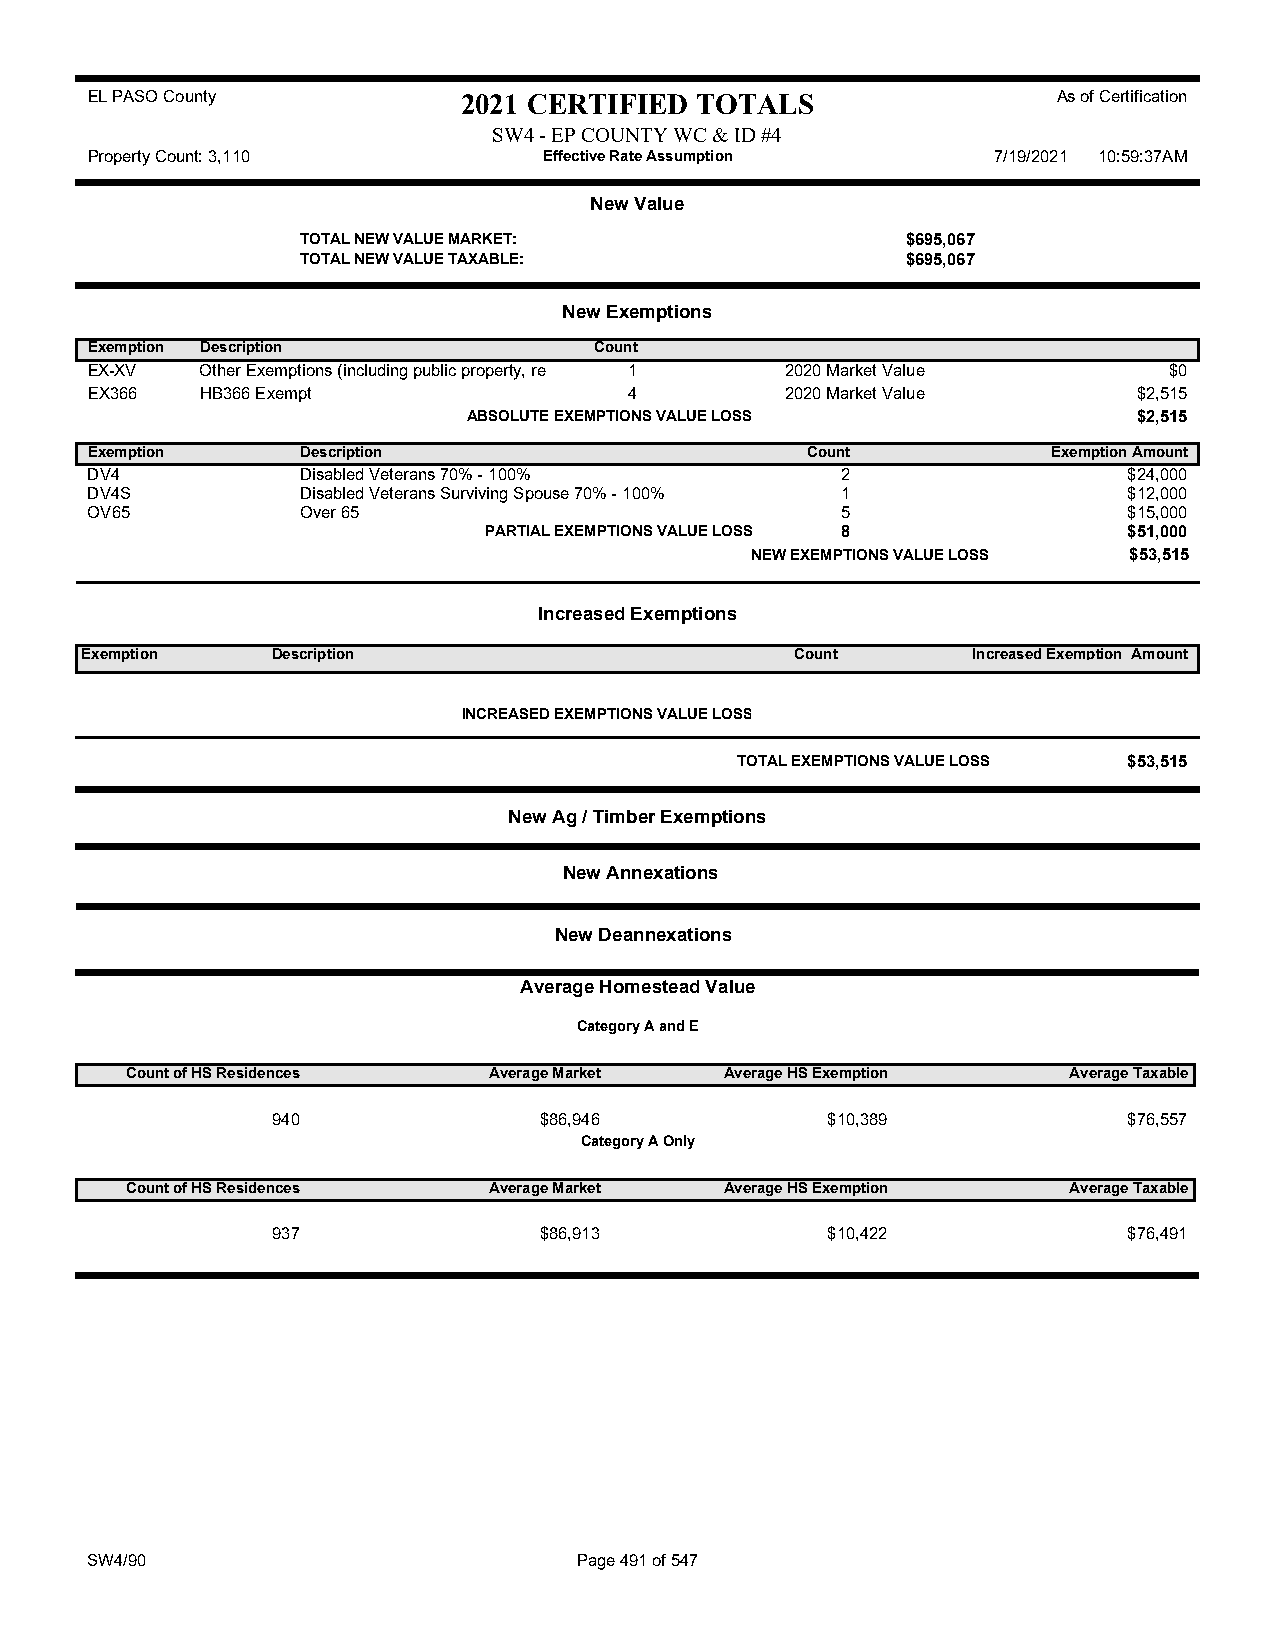
EL PASO County           2021 CERTIFIED TOTALS                  As of Certification
 SW4 - EP COUNTY WC & ID #4
 Property Count: 3,110         Effective Rate Assumption     7/19/2021 10:59:37AM
 New Value
 TOTAL NEW VALUE MARKET:                 $695,067
 TOTAL NEW VALUE TAXABLE:                $695,067
 New Exemptions
 Exemption Description            Count
 EX-XV  Other Exemptions (including public property, re 1 2020 Market Value $0
 EX366  HB366 Exempt                 4         2020 Market Value      $2,515
 ABSOLUTE EXEMPTIONS VALUE LOSS              $2,515
 Exemption     Description                      Count            Exemption Amount
 DV4           Disabled Veterans 70% - 100%        2                  $24,000
 DV4S          Disabled Veterans Surviving Spouse 70% - 100% 1        $12,000
 OV65          Over 65                             5                  $15,000
 PARTIAL EXEMPTIONS VALUE LOSS 8            $51,000
 NEW EXEMPTIONS VALUE LOSS $53,515
 Increased Exemptions
 Exemption    Description                        Count      Increased Exemption Amount
 INCREASED EXEMPTIONS VALUE LOSS
 TOTAL EXEMPTIONS VALUE LOSS $53,515
 New Ag / Timber Exemptions
 New Annexations
 New Deannexations
 Average Homestead Value
 Category A and E
 Count of HS Residences  Average Market  Average HS Exemption   Average Taxable
 940               $86,946            $10,389             $76,557
 Category A Only
 Count of HS Residences  Average Market  Average HS Exemption   Average Taxable
 937               $86,913            $10,422             $76,491
 SW4/90                          Page 491 of 547